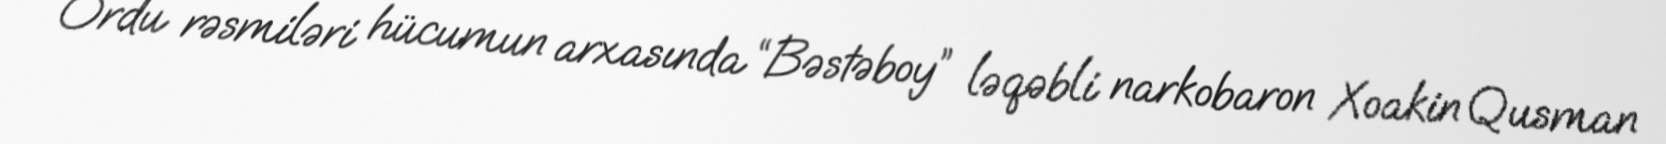
Ordu rəsmiləri hücumun arxasında “Bəstəboy” ləqəbli narkobaron Xoakin Qusman